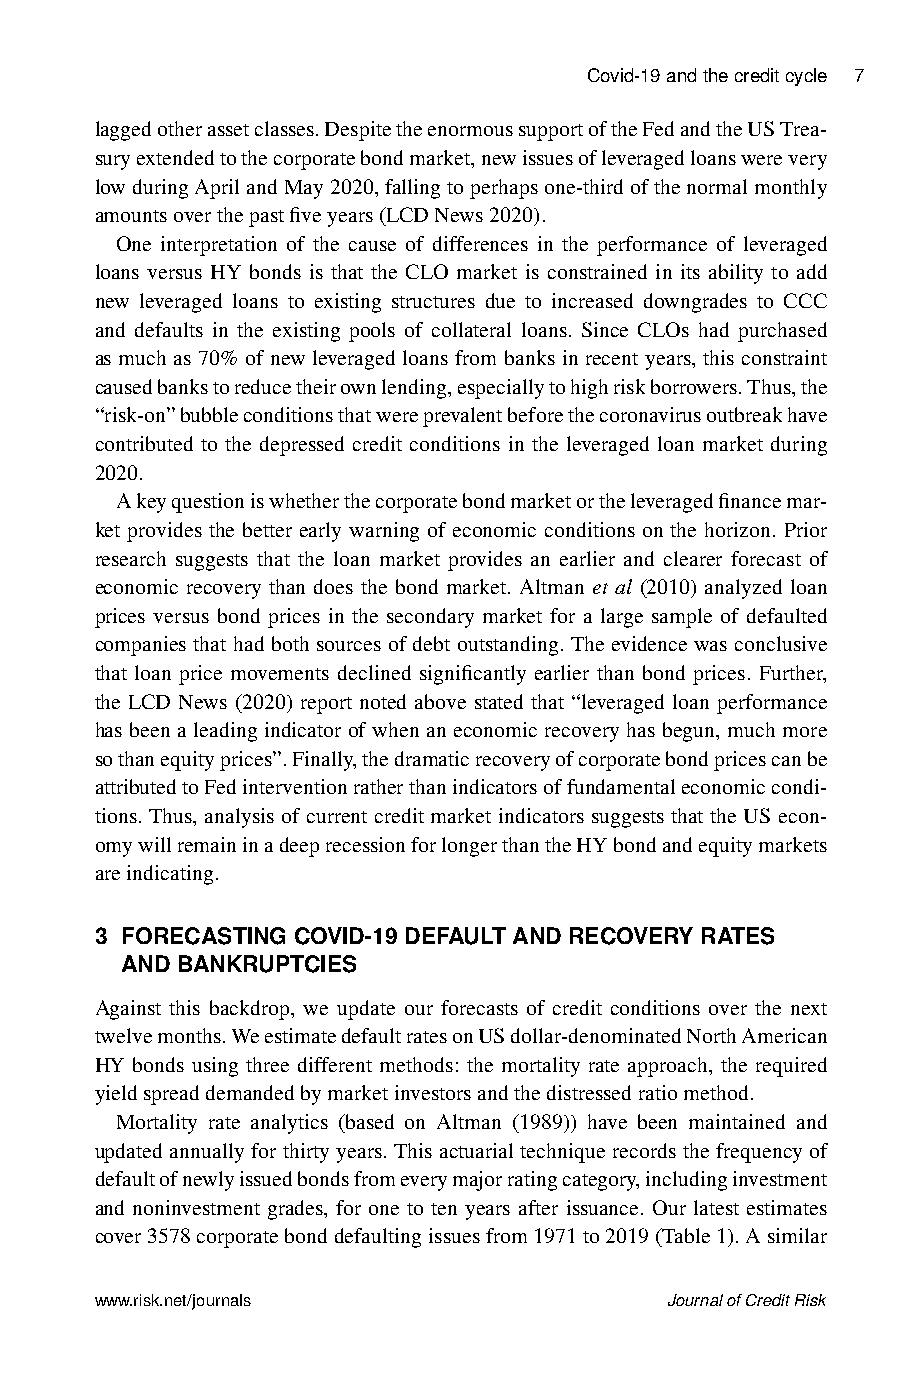
Covid-19andthecreditcycle 7
 laggedotherassetclasses.DespitetheenormoussupportoftheFedandtheUSTrea-
 suryextendedtothecorporatebondmarket,newissuesofleveragedloanswerevery
 lowduringAprilandMay2020,fallingtoperhapsone-thirdofthenormalmonthly
 amountsoverthepastfiveyears(LCDNews2020).
 One interpretation of the cause of differences in the performance of leveraged
 loans versus HY bonds is that the CLO market is constrained in its ability to add
 new leveraged loans to existing structures due to increased downgrades to CCC
 and defaults in the existing pools of collateral loans. Since CLOs had purchased
 as much as 70% of new leveraged loans from banks in recent years, this constraint
 causedbankstoreducetheirownlending,especiallytohighriskborrowers.Thus,the
 “risk-on”bubbleconditionsthatwereprevalentbeforethecoronavirusoutbreakhave
 contributed to the depressed credit conditions in the leveraged loan market during
 2020.
 Akeyquestioniswhetherthecorporatebondmarketortheleveragedfinancemar-
 ket provides the better early warning of economic conditions on the horizon. Prior
 research suggests that the loan market provides an earlier and clearer forecast of
 economic recovery than does the bond market. Altman et al (2010) analyzed loan
 prices versus bond prices in the secondary market for a large sample of defaulted
 companies that had both sources of debt outstanding. The evidence was conclusive
 that loan price movements declined significantly earlier than bond prices. Further,
 the LCD News (2020) report noted above stated that “leveraged loan performance
 has been a leading indicator of when an economic recovery has begun, much more
 sothanequityprices”.Finally,thedramaticrecoveryofcorporatebondpricescanbe
 attributedtoFedinterventionratherthanindicatorsoffundamentaleconomiccondi-
 tions. Thus, analysis of current credit market indicators suggests that the US econ-
 omywillremaininadeeprecessionforlongerthantheHYbondandequitymarkets
 areindicating.
 3 FORECASTING COVID-19 DEFAULT AND RECOVERY RATES
 AND BANKRUPTCIES
 Against this backdrop, we update our forecasts of credit conditions over the next
 twelvemonths.WeestimatedefaultratesonUSdollar-denominatedNorthAmerican
 HY bonds using three different methods: the mortality rate approach, the required
 yieldspreaddemandedbymarketinvestorsandthedistressedratiomethod.
 Mortality rate analytics (based on Altman (1989)) have been maintained and
 updated annually for thirty years. This actuarial technique records the frequency of
 defaultofnewlyissuedbondsfromeverymajorratingcategory,includinginvestment
 and noninvestment grades, for one to ten years after issuance. Our latest estimates
 cover3578corporatebonddefaultingissuesfrom1971to2019(Table1).Asimilar
 www.risk.net/journals                 JournalofCreditRisk